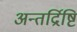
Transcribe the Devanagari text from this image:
अन्तर्द्रिष्टि